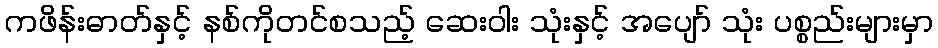
ကဖိန်းဓာတ်နှင့် နစ်ကိုတင်စသည့် ဆေးဝါး သုံးနှင့် အပျော် သုံး ပစ္စည်းများမှာ